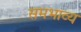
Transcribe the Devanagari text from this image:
समभाव्य